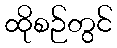
ထိုစဉ်တွင်